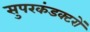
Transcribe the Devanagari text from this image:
सुपरकंडक्टरों